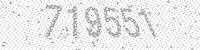
Solution: 719551